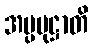
အပ္ပမုဋ္ဌာတိ